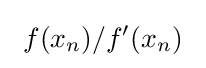
\ f(x_{n})/f'(x_{n})\